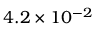
4 . 2 \times 1 0 ^ { - 2 }